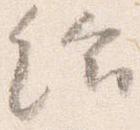
給